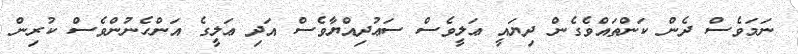
ނަމަވެސް ދެން ކަންތައްވެގެން ދިޔައީ ޢަލީވެސް ސަޢުދިއްޔާވެސް އަދި ޢަލީގެ އަންހެނުންވެސް ކުރިން